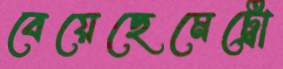
বেয়েছেমেট্রো